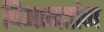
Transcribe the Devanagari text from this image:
चिआनतांग